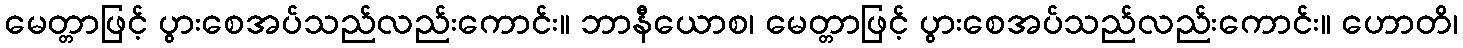
မေတ္တာဖြင့် ပွားစေအပ်သည်လည်းကောင်း။ ဘာနီယောစ၊ မေတ္တာဖြင့် ပွားစေအပ်သည်လည်းကောင်း။ ဟောတိ၊